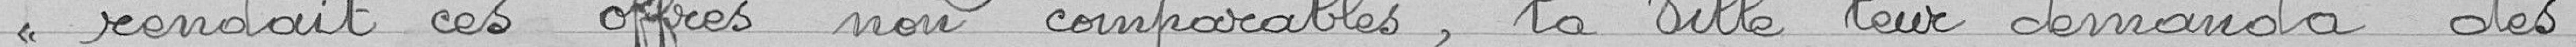
"rendait ces offres non comparables, la ville leur demanda des